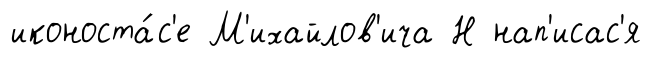
иконоста́с'е М'ихайлов'ича Н нап'исас'я